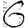
Digit: 6